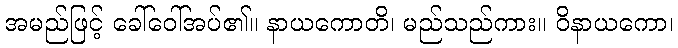
အမည်ဖြင့် ခေါ်ဝေါ်အပ်၏။ နာယကောတိ၊ မည်သည်ကား။ ဝိနာယကော၊